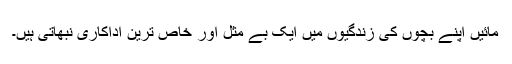
مائیں اپنے بچوں کی زندگیوں میں ایک بے مثل اور خاص ترین اداکاری نبھاتی ہیں۔